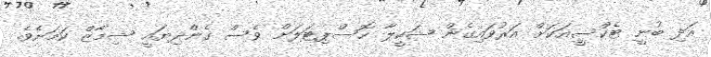
އަދި ބުނީ ޓެކްސީއަކަށް އަރުވައިގެން ޝަކީލާ ހޮސްޕިޓަލަށް ވެސް ގެންދިޔައީ ޝިމާޒް ކަމަށެވެ.